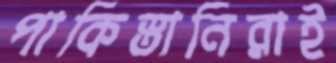
পাকিস্তানিরাই